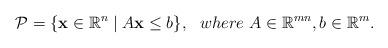
LaTeX: \begin{align*}\mathcal{P} = \{ \mathbf{x} \in \mathbb{R}^n \mid A\mathbf{x} \leq b \}, \ \ where \ A \in \mathbb{R}^{mn}, b \in \mathbb{R}^m.\end{align*}